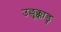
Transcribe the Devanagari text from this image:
उल्लुक्काडु